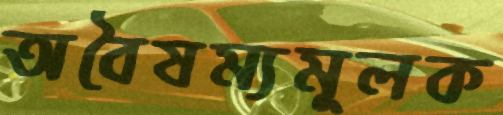
অবৈষম্যমূলক